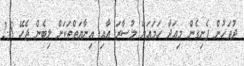
ދުވަހުން ފެށިގެން މިއަދާ ހަމައަށް މުސާރަ އާއި އިނާޔަތްތަކަށް ލިބެން ޖެހޭ 2.8